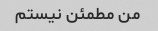
من مطمئن نیستم